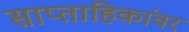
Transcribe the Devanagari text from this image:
साप्ताहिकांवर